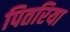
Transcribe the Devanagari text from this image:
पितरिया